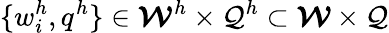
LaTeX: \{ w_{i}^{h},q^{h}\} \in\boldsymbol{\mathcal{W}}^{h}\times\mathcal{Q}^{h}\subset\boldsymbol{\mathcal{W}}\times\mathcal{Q}